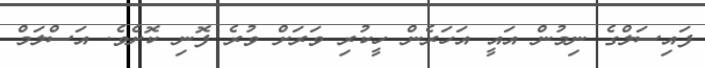
ފައިސަލްގެ ނިމުން އައީ އަހަރެން ހީކުރި ވަރަށް ވުރެ ފޮނި ކޮށެވެ. އަސްލަމް